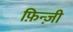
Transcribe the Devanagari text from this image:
फ़िन्ज़ी